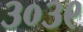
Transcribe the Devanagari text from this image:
३०३९